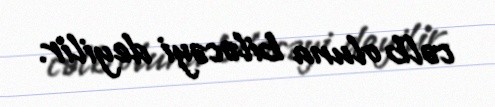
cəlb oluna biləcəyi deyilir.